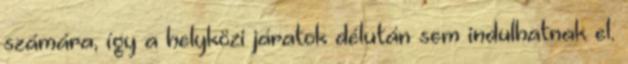
számára, így a helyközi járatok délután sem indulhatnak el.